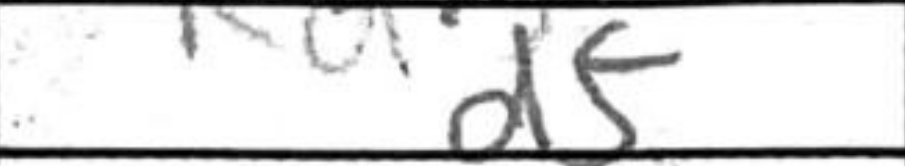
Transcription: df